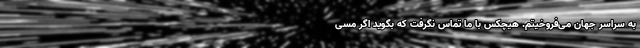
به سراسر جهان می‌فروخیتم. هیچکس با ما تماس نگرفت که بگوید اگر مسی